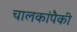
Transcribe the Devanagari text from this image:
चालकांपैकी